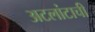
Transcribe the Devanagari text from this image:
अटलांटाची